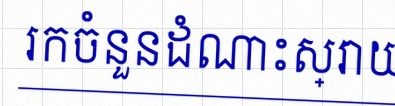
រកចំនួនដំណោះស្រាយ